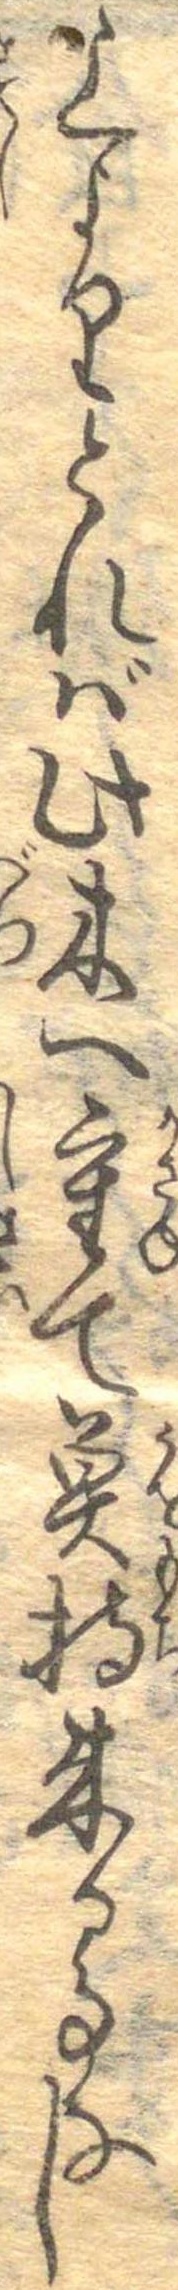
上よりとれば此木へ重て魚持来る事なし